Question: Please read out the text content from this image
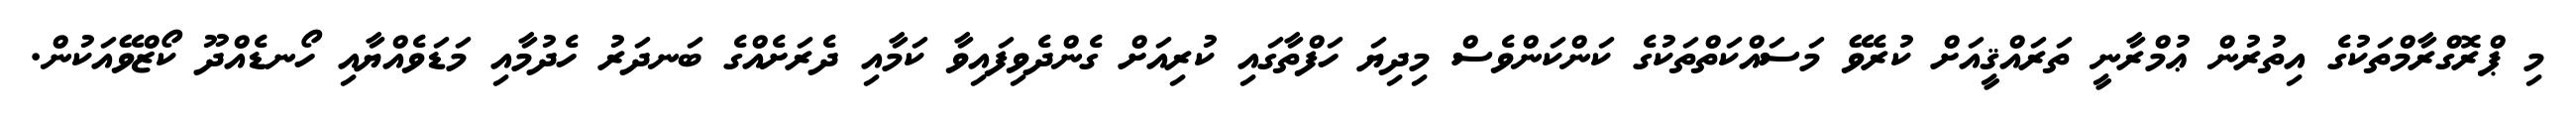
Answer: މި ޕްރޮގްރާމްތަކުގެ އިތުރުން ޢުމްރާނީ ތަރައްޤީއަށް ކުރެވޭ މަސައްކަތްތަކުގެ ކަންކަންވެސް މިދިޔަ ހަފްތާގައި ކުރިއަށް ގެންދެވިފައިވާ ކަމާއި ދެރަށެއްގެ ބަނދަރު ހެދުމާއި މަޑަވެއްޔާއި ހޯނޑެއްދޫ ކޯޒްވޭއަކުން.